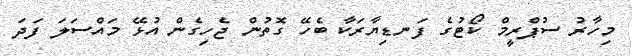
މިހާރު ސުޕްރީމް ކޯޓުގެ ފަނޑިޔާރަކާ ބެހޭ ގޮތުން ޖެހިގެން އުޅޭ މައްސަލަ ފަދަ